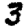
Digit: 3